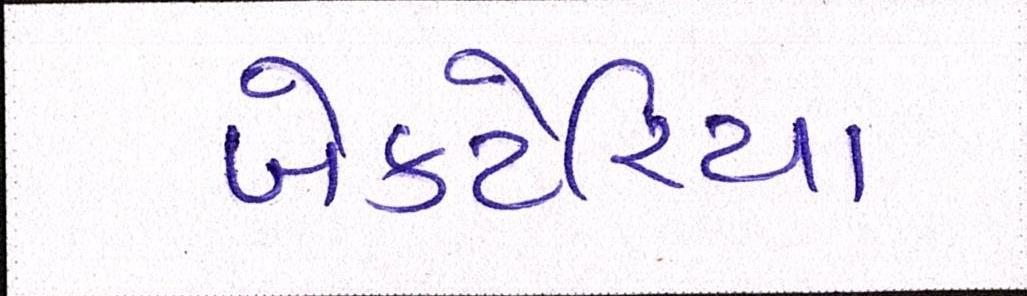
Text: બેક્ટેરિયા